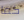
كما